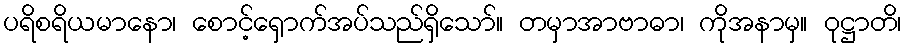
ပရိစရိယမာနော၊ စောင့်ရှောက်အပ်သည်ရှိသော်။ တမှာအာဗာဓာ၊ ကိုအနာမှ။ ဝုဋ္ဌာတိ၊